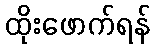
ထိုးဖောက်ရန်